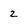
Character: 2